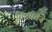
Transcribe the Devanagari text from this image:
विषमतेने